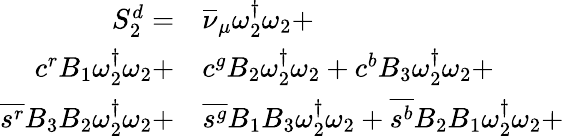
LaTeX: \begin{array}{rl}{S_{2}^{d}=}&{{}{\overline{{\nu}}_{\mu}}\omega_{2}^{\dagger}\omega_{2}+}\\ {{c}^{r}{B_{1}}\omega_{2}^{\dagger}\omega_{2}+}&{{}{c}^{g}{B_{2}}\omega_{2}^{\dagger}\omega_{2}+{c}^{b}{B_{3}}\omega_{2}^{\dagger}\omega_{2}+}\\ {\overline{{s^{r}}}{B_{3}}{B_{2}}\omega_{2}^{\dagger}\omega_{2}+}&{{}\overline{{s^{g}}}{B_{1}}{B_{3}}\omega_{2}^{\dagger}\omega_{2}+\overline{{s^{b}}}{B_{2}}{B_{1}}\omega_{2}^{\dagger}\omega_{2}+}\end{array}